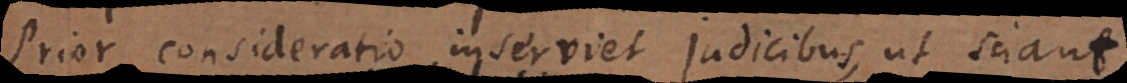
Prior consideratio inserviet judicibus, ut sciant